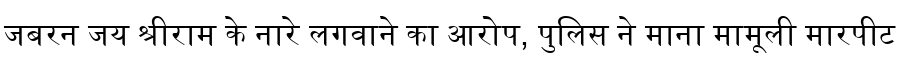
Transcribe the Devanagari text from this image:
जबरन जय श्रीराम के नारे लगवाने का आरोप, पुलिस ने माना मामूली मारपीट